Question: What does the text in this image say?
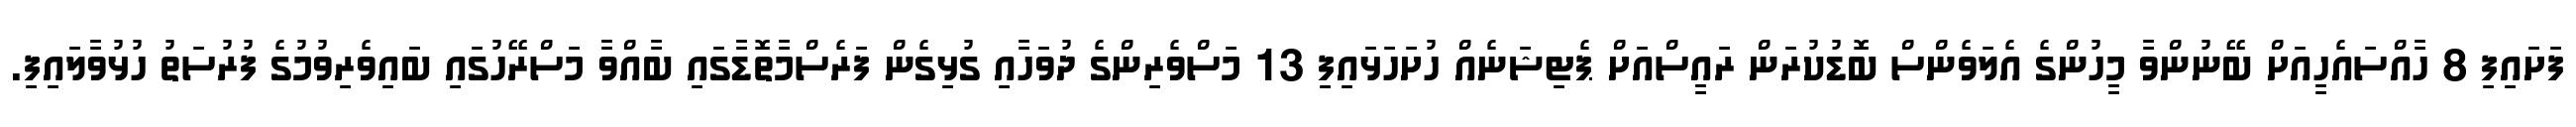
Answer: ފަށައިފި 8 ހާއްސައެހީއަށް ބޭނުންވާ މީހުންގެ އެލަވެންސް ބޮޑުކުރަން ރައީސްއަށް ޕެޓިޝަނެއް ހުށަހަޅައިފި 13 މަސްވެރިންގެ ދުވަހާއި ގުޅިގެން ފަރެސްމާތޮޑާގައި ބާއްވާ މަސްރޭހުގައި ބައިވެރިވުމުގެ ފުރުސަތު ހުޅުވާލައިފި.